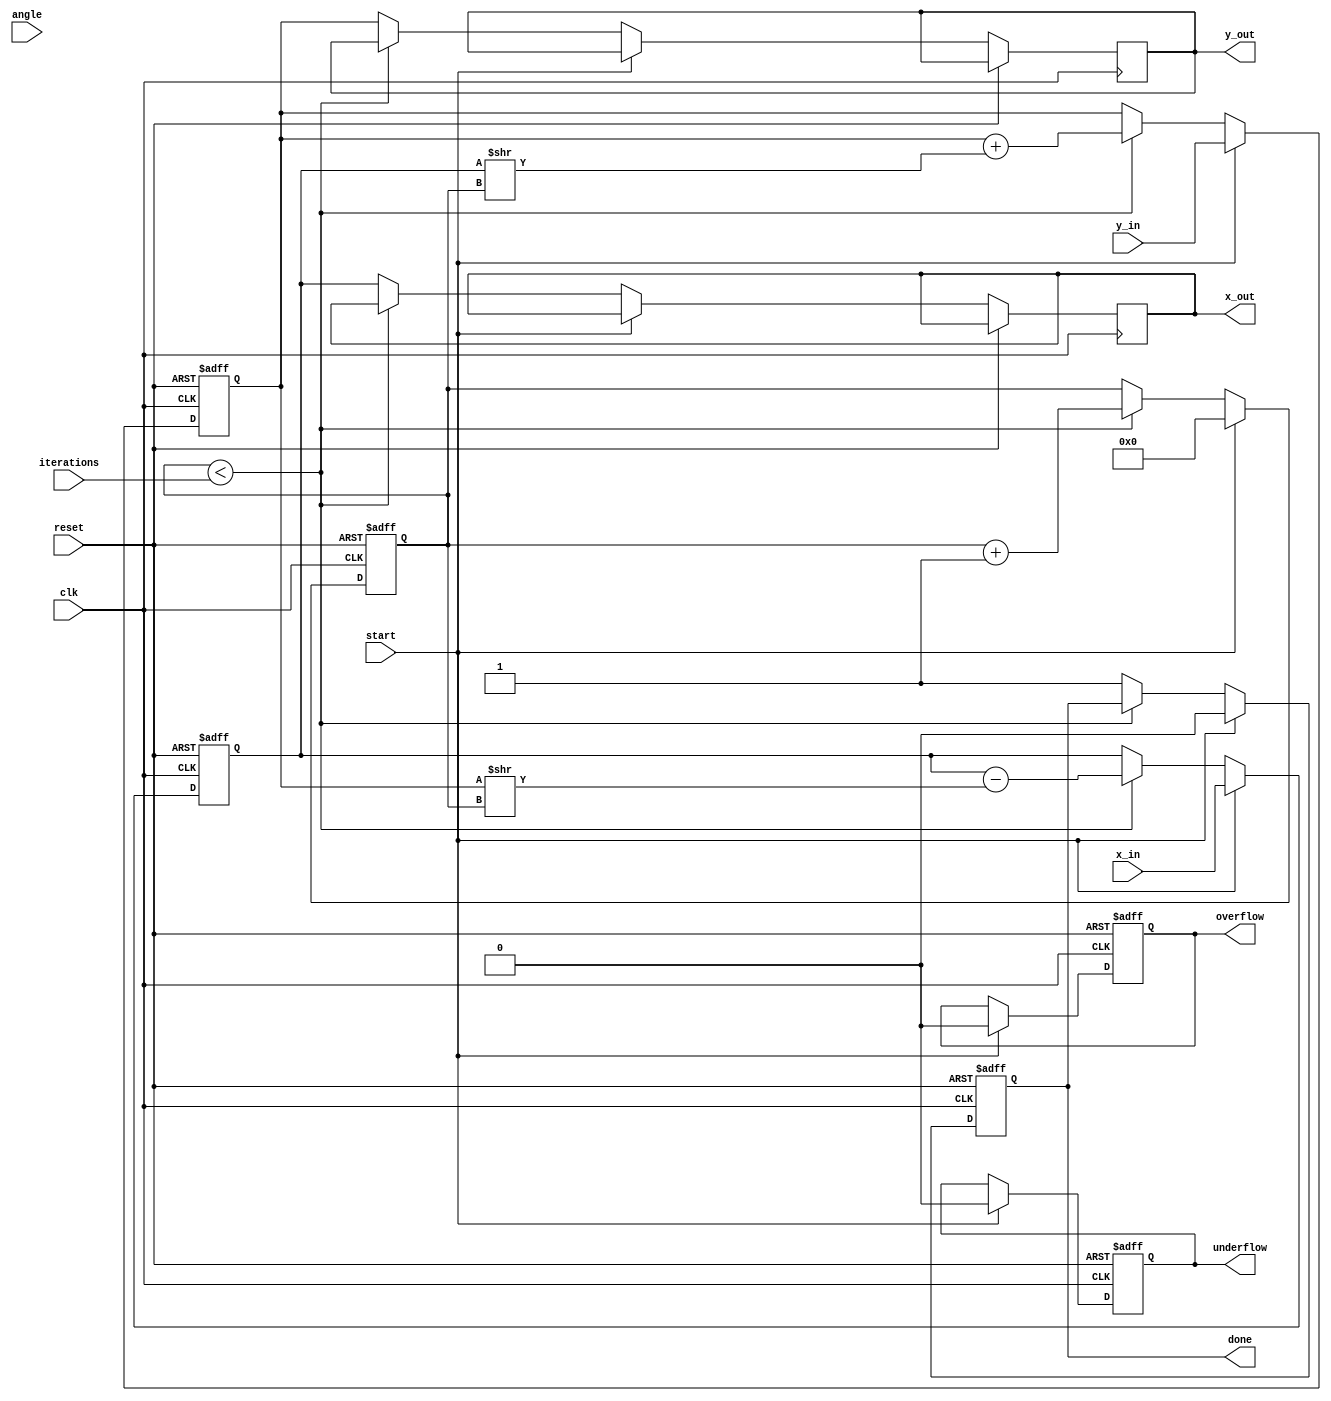
module cordic (
    input clk,
    input reset,
    input start,
    input [15:0] angle, // Fixed-point angle input (in radians)
    input [15:0] x_in,  // Fixed-point x coordinate input
    input [15:0] y_in,  // Fixed-point y coordinate input
    input [3:0] iterations, // Number of iterations for precision control
    output reg [15:0] x_out, // Final x output (cosine)
    output reg [15:0] y_out, // Final y output (sine)
    output reg done, // Indicates completion
    output reg overflow, // Overflow condition
    output reg underflow // Underflow condition
);

    // CORDIC constants
    reg [15:0] atan_table [0:15]; // Lookup table for arctangent values
    reg [15:0] x, y;
    reg [15:0] angle_reg;
    reg [3:0] i; // Iteration counter
    reg [3:0] d; // Direction of rotation

    // Initialize the arctangent lookup table
    initial begin
        atan_table[0] = 16'h0000; // atan(0) = 0
        atan_table[1] = 16'h2000; // atan(1/2^1)
        atan_table[2] = 16'h1400; // atan(1/2^2)
        atan_table[3] = 16'h0A00; // atan(1/2^3)
        atan_table[4] = 16'h0500; // atan(1/2^4)
        atan_table[5] = 16'h0280; // atan(1/2^5)
        atan_table[6] = 16'h0140; // atan(1/2^6)
        atan_table[7] = 16'h00A0; // atan(1/2^7)
        atan_table[8] = 16'h0050; // atan(1/2^8)
        atan_table[9] = 16'h0028; // atan(1/2^9)
        atan_table[10] = 16'h0014; // atan(1/2^10)
        atan_table[11] = 16'h000A; // atan(1/2^11)
        atan_table[12] = 16'h0005; // atan(1/2^12)
        atan_table[13] = 16'h0002; // atan(1/2^13)
        atan_table[14] = 16'h0001; // atan(1/2^14)
        atan_table[15] = 16'h0000; // atan(1/2^15)
    end

    // FSM for CORDIC iterations
    always @(posedge clk or posedge reset) begin
        if (reset) begin
            x <= 0;
            y <= 0;
            angle_reg <= 0;
            i <= 0;
            done <= 0;
            overflow <= 0;
            underflow <= 0;
        end else if (start) begin
            x <= x_in;
            y <= y_in;
            angle_reg <= angle;
            i <= 0;
            done <= 0;
            overflow <= 0;
            underflow <= 0;
        end else if (i < iterations) begin
            // Determine direction of rotation
            if (angle_reg < 0) begin
                d <= -1; // Clockwise
                angle_reg <= angle_reg + atan_table[i];
            end else begin
                d <= 1; // Counterclockwise
                angle_reg <= angle_reg - atan_table[i];
            end

            // CORDIC rotation equations
            if (d == -1) begin
                x <= x + (y >> i);
                y <= y - (x >> i);
            end else begin
                x <= x - (y >> i);
                y <= y + (x >> i);
            end

            // Increment iteration counter
            i <= i + 1;
        end else begin
            // Output final results
            x_out <= x;
            y_out <= y;
            done <= 1;
        end
    end

endmodule